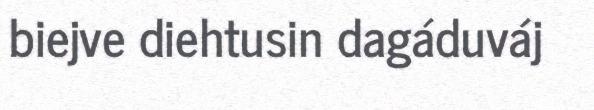
biejve diehtusin dagáduváj